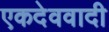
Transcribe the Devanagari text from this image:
एकदेववादी